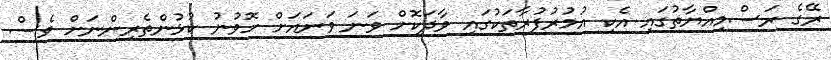
ރޭގެ ރަސްމިއްޔާތުގައި އެކި އުމުރުފުރާތަކުގައި ވާދަކޮށް ވަނަ ވަނައަށް ހޮވުނު ކުޅުންތެރިންނަށް ވެސް